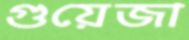
গুয়েজা